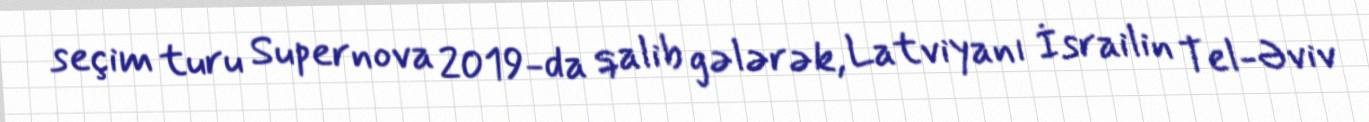
seçim turu Supernova 2019-da qalib gələrək, Latviyanı İsrailin Tel-Əviv